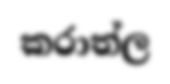
කරාත්ල